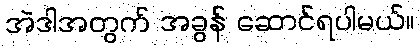
အဲဒါအတွက် အခွန် ဆောင်ရပါမယ်။